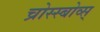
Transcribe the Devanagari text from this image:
च्रोस्स्बोव्स्